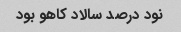
نود درصد سالاد کاهو بود